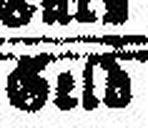
Geld